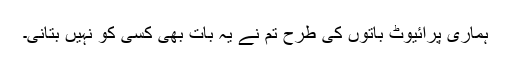
ہماری پرائیوٹ باتوں کی طرح تم نے یہ بات بھی کسی کو نہیں بتانی۔